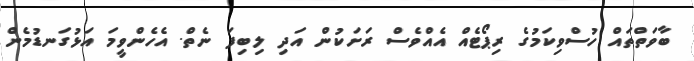
ބާވަތްތައް ހުސްވިކަމުގެ ރިޕޯޓެއް އެއްވެސް ރަށަކުން އަދި ލިބިފަ ނެތް. އެހެންވީމަ އަޅުގަނޑުމެން